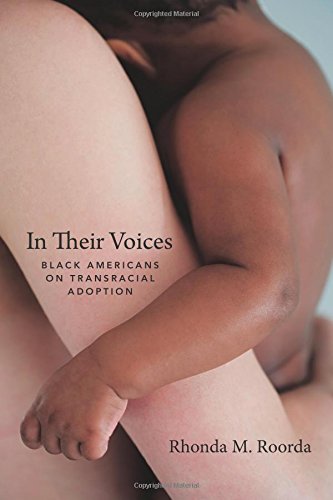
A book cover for In Their Voices: Black Americans on Transracial Adoption; Rhonda M. Roorda; Parenting & Relationships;